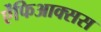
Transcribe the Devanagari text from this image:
ऐंफिआक्सस